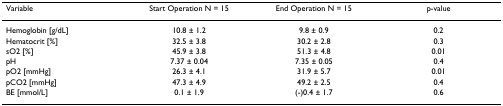
<table><thead><tr><td><b>Variable</b></td><td><b>Start Operation N = 15</b></td><td><b>End Operation N = 15</b></td><td><b>p-value</b></td></tr></thead><tbody><tr><td>Hemoglobin [g/dL]</td><td>10.8 ± 1.2</td><td>9.8 ± 0.9</td><td>0.2</td></tr><tr><td>Hematocrit [%]</td><td>32.5 ± 3.8</td><td>30.2 ± 2.8</td><td>0.3</td></tr><tr><td>sO2 [%]</td><td>45.9 ± 3.8</td><td>51.3 ± 4.8</td><td>0.01</td></tr><tr><td>pH</td><td>7.37 ± 0.04</td><td>7.35 ± 0.05</td><td>0.4</td></tr><tr><td>pO2 [mmHg]</td><td>26.3 ± 4.1</td><td>31.9 ± 5.7</td><td>0.01</td></tr><tr><td>pCO2 [mmHg]</td><td>47.3 ± 4.9</td><td>49.2 ± 2.5</td><td>0.4</td></tr><tr><td>BE [mmol/L]</td><td>0.1 ± 1.9</td><td>(-)0.4 ± 1.7</td><td>0.6</td></tr></tbody></table>